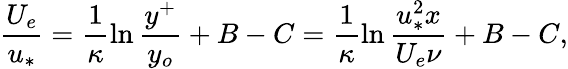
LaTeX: \frac{U_{e}}{u_{*}}=\frac{1}{\kappa}\ln\frac{y^{+}}{y_{o}}+B-C=\frac{1}{\kappa}\ln\frac{u_{*}^{2}x}{U_{e}\nu}+B-C,